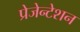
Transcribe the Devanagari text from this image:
प्रेजेन्टेशन